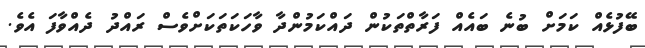
ބޭފުޅެއް ކަމަށް ބުނެ ބައެއް ފަރާތްތަކުން ދައްކަމުންދާ ވާހަކަތަކަށްވެސް ރައްދު ދެއްވާފަ އެވެ.